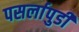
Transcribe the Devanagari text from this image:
पसर्लापुडी